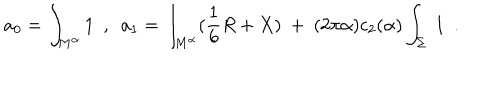
LaTeX: a _ { 0 } = \int _ { M ^ { \alpha } } 1 ~ ~ , ~ ~ a _ { 1 } = \int _ { M ^ { \alpha } } ( { \frac { 1 } { 6 } } R + X ) ~ + ~ ( 2 \pi \alpha ) c _ { 2 } ( \alpha ) \int _ { \Sigma } ~ 1 ~ ~ .